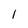
Character: l